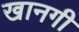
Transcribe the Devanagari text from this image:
खानगी